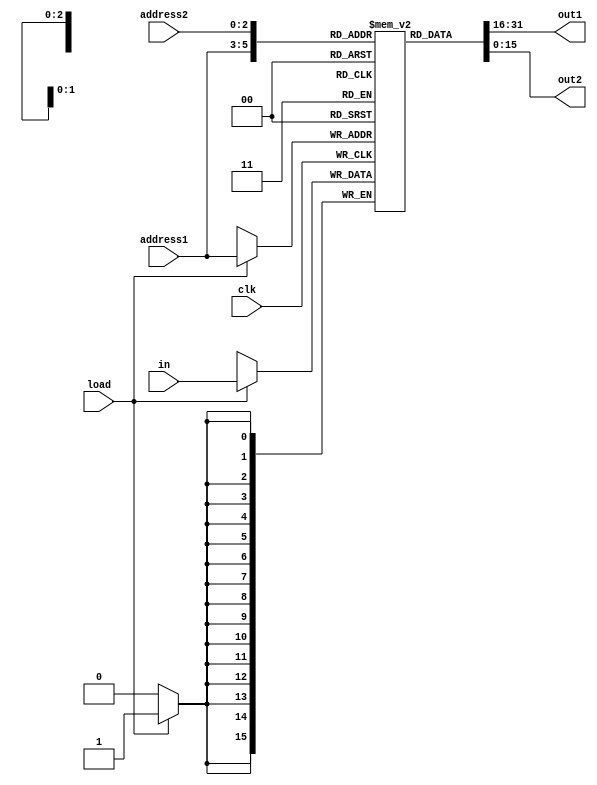
module RAMp2 #(
  parameter width = 16,
  parameter k = 3 // k = log2(size)
) (
  input wire clk, load,
  input wire [width-1:0] in,
  input wire [k-1:0] address1,
  output wire [width-1:0] out1,
  input wire [k-1:0] address2,
  output wire [width-1:0] out2
);

reg [width-1:0] ram[2**k-1:0];

always @(posedge clk) begin
  if (load == 1'b1) begin
    ram[address1] <= in;
  end
end

assign out1 = ram[address1];
assign out2 = ram[address2];

endmodule